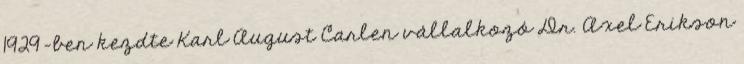
1929-ben kezdte Karl August Carlen vállalkozó Dr. Axel Erikson